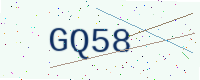
Text: GQ58